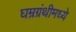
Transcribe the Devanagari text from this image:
घम्रग्रंथीमध्ये